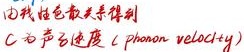
 线性色散关系得到
$c$ 为声子速度（phonon velocity）